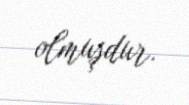
olmuşdur.